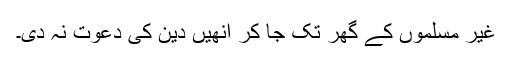
غیر مسلموں کے گھر تک جا کر انھیں دین کی دعوت نہ دی۔